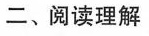
二、阅读理解